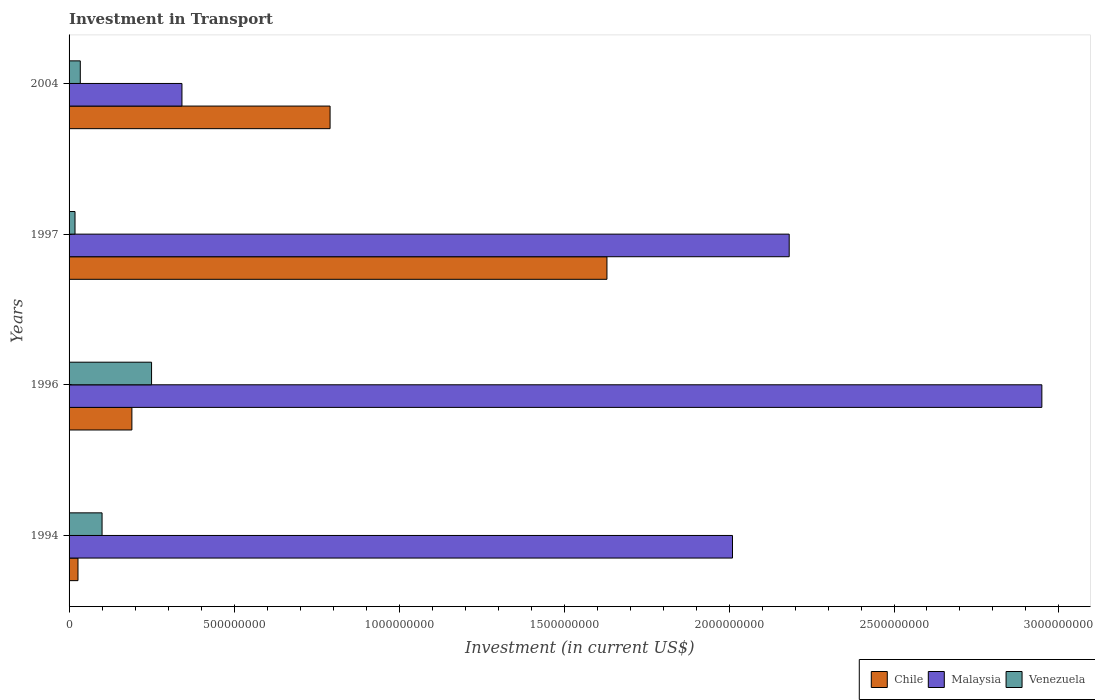
| Years | Chile | Malaysia | Venezuela |
 | --- | --- | --- | --- |
 | 1994 | 2.7e+07 | 2.01e+09 | 1e+08 |
 | 1996 | 1.9e+08 | 2.95e+09 | 2.5e+08 |
 | 1997 | 1.63e+09 | 2.18e+09 | 1.8e+07 |
 | 2004 | 7.91e+08 | 3.42e+08 | 3.4e+07 |